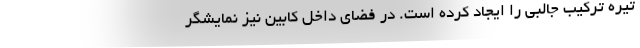
تیره ترکیب جالبی را ایجاد کرده است. در فضای داخل کابین نیز نمایشگر